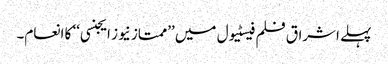
پہلے اشراق فلم فیسٹیول میں ’’ممتاز نیوز ایجنسی‘‘ کا انعام۔